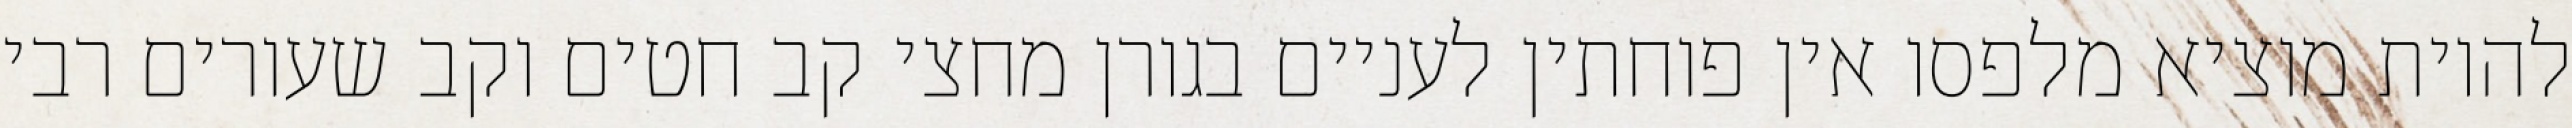
להיות מוציא מלפסו אין פוחתין לעניים בגורן מחצי קב חטים וקב שעורים רבי